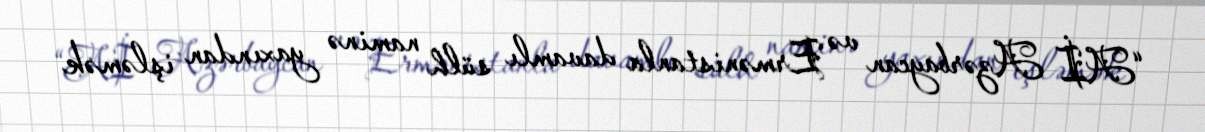
“Aİ Azərbaycan və Ermənistanla davamlı sülh naminə yaxından işləmək